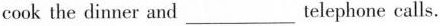
cook the dinner and ___ telephone calls.